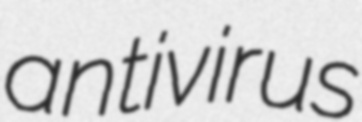
antivirus